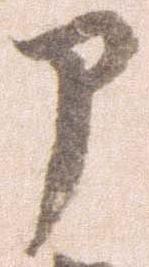
部